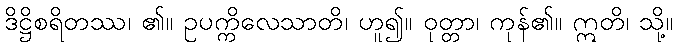
ဒိဋ္ဌိစရိတဿ၊ ၏။ ဥပက္ကိလေသာတိ၊ ဟူ၍။ ဝုတ္တာ၊ ကုန်၏။ ဣတိ၊ သို့။